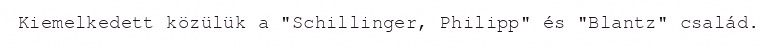
Kiemelkedett közülük a "Schillinger, Philipp" és "Blantz" család.